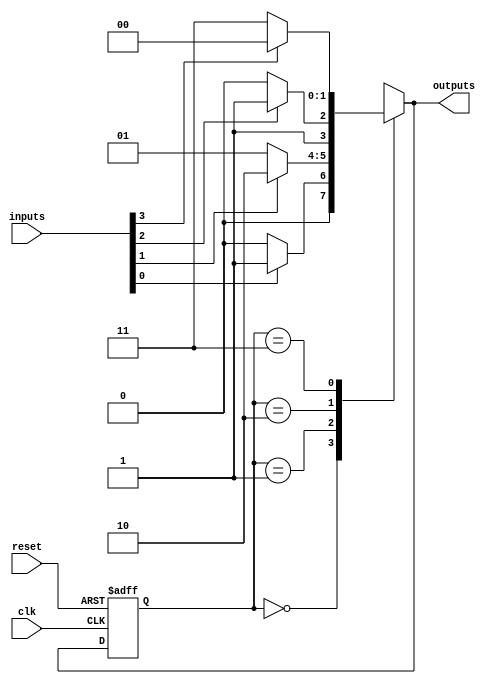
module VariableInputMealyFSM #(
    parameter STATE_WIDTH = 2,  // Number of bits for state representation
    parameter INPUT_WIDTH = 4    // Number of bits for input signals
)(
    input wire clk,              // Clock signal
    input wire reset,            // Reset signal
    input wire [INPUT_WIDTH-1:0] inputs, // Variable input signals
    output reg [1:0] outputs     // Outputs of the FSM
);

    // State encoding
    localparam S0 = 2'b00;
    localparam S1 = 2'b01;
    localparam S2 = 2'b10;
    localparam S3 = 2'b11;

    // State register
    reg [STATE_WIDTH-1:0] current_state, next_state;

    // Next state logic
    always @(*) begin
        case (current_state)
            S0: begin
                if (inputs[0]) next_state = S1; // Example condition
                else next_state = S0;
            end
            S1: begin
                if (inputs[1]) next_state = S2; // Example condition
                else next_state = S1;
            end
            S2: begin
                if (inputs[2]) next_state = S3; // Example condition
                else next_state = S2;
            end
            S3: begin
                if (inputs[3]) next_state = S0; // Example condition
                else next_state = S3;
            end
            default: next_state = S0; // Default state
        endcase
    end

    // Output logic (Mealy machine)
    always @(*) begin
        case (current_state)
            S0: outputs = (inputs[0]) ? 2'b01 : 2'b00; // Example output
            S1: outputs = (inputs[1]) ? 2'b10 : 2'b01; // Example output
            S2: outputs = (inputs[2]) ? 2'b11 : 2'b10; // Example output
            S3: outputs = (inputs[3]) ? 2'b00 : 2'b11; // Example output
            default: outputs = 2'b00; // Default output
        endcase
    end

    // State transition on clock edge
    always @(posedge clk or posedge reset) begin
        if (reset) begin
            current_state <= S0; // Initialize to state S0
        end else begin
            current_state <= next_state; // Update state
        end
    end

endmodule